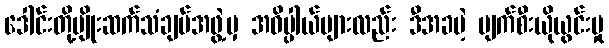
ဒေါင်းတို့မျိုးဆက်သံချပ်အဖွဲ့မှ အဓိပ္ပါယ်များလည်း ဒီအခမဲ့ ပျက်စီးယိုယွင်းမှု